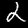
Digit: 2